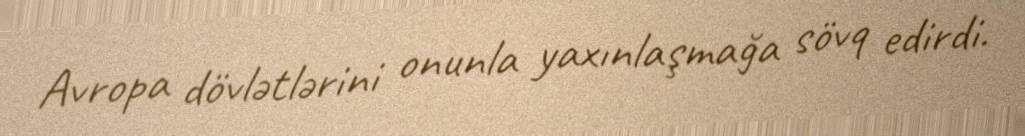
Avropa dövlətlərini onunla yaxınlaşmağa sövq edirdi.